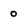
Character: 0